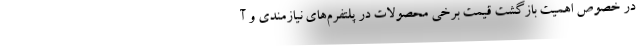
در خصوص اهمیت بازگشت قیمت برخی محصولات در پلتفرم‌های نیازمندی و آ